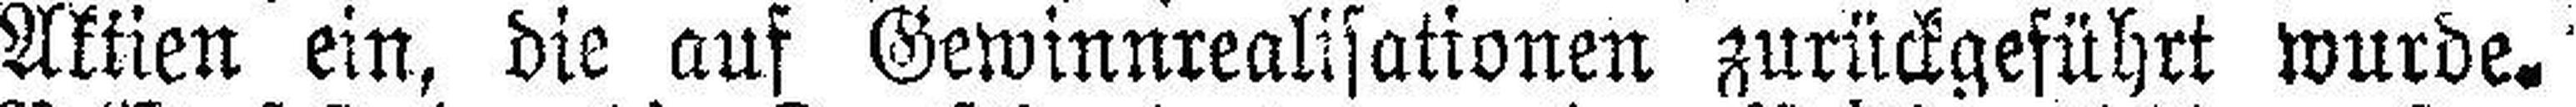
Aktien ein, die auf Gewinnrealisationen zurückgeführt wurde.'